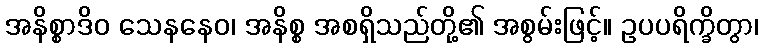
အနိစ္စာဒိဝ သေနနေဝ၊ အနိစ္စ အစရှိသည်တို့၏ အစွမ်းဖြင့်။ ဥပပရိက္ခိတွာ၊